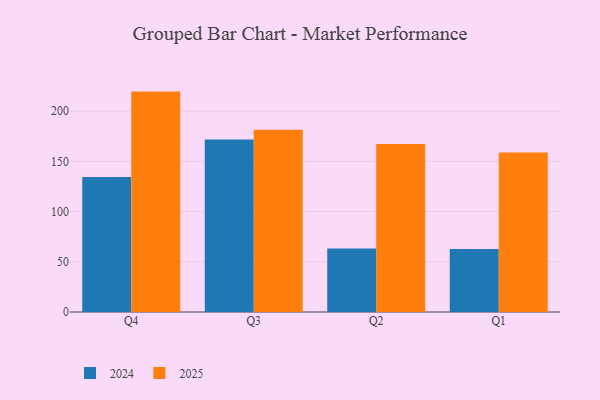
{"axis": {"x": "Quarter", "y": "Backlog"}, "legend": ["2024", "2025"], "data": [{"x": "Q4", "y": 134.5, "type": "2024"}, {"x": "Q4", "y": 219.4, "type": "2025"}, {"x": "Q3", "y": 171.7, "type": "2024"}, {"x": "Q3", "y": 181.5, "type": "2025"}, {"x": "Q2", "y": 63.2, "type": "2024"}, {"x": "Q2", "y": 167.3, "type": "2025"}, {"x": "Q1", "y": 62.8, "type": "2024"}, {"x": "Q1", "y": 158.7, "type": "2025"}]}